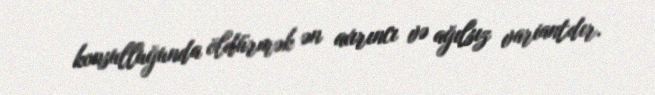
konsulluğunda öldürmək ən axırıncı və ağılsız variantdır.